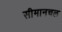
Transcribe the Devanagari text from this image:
सीमानचल